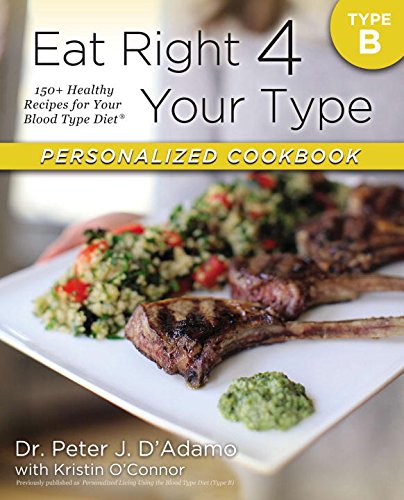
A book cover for Eat Right 4 Your Type Personalized Cookbook Type B: 150+ Healthy Recipes For Your Blood Type Diet; Dr. Peter J. D'Adamo; Health, Fitness & Dieting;